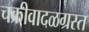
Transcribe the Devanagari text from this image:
चक्रीवादळग्रस्त